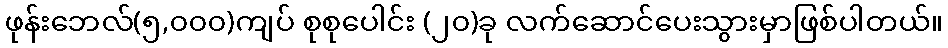
ဖုန်းဘေလ်(၅,၀၀၀)ကျပ် စုစုပေါင်း (၂၀)ခု လက်ဆောင်ပေးသွားမှာဖြစ်ပါတယ်။